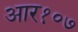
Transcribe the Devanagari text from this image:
आर१०७